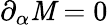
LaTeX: \partial_{\alpha}{\cal\mathit{M}}=0